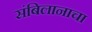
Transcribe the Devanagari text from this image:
संबिलानाचा